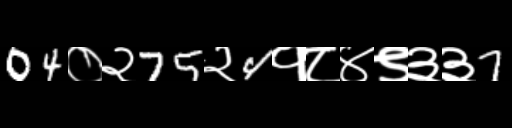
Text: 04०२75२4१८४९३३7